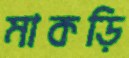
মাকড়ি